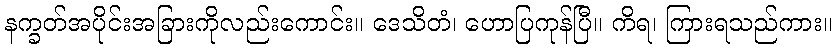
နက္ခတ်အပိုင်းအခြားကိုလည်းကောင်း။ ဒေသိတံ၊ ဟောပြကုန်ပြီ။ ကိရ၊ ကြားရသည်ကား။